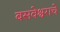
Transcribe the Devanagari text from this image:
बसवेश्वराचे